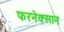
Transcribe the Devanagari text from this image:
फरनेक्सान